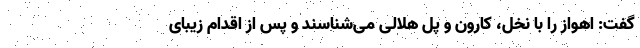
گفت: اهواز را با نخل، کارون و پل هلالی می‌شناسند و پس از اقدام زیبای